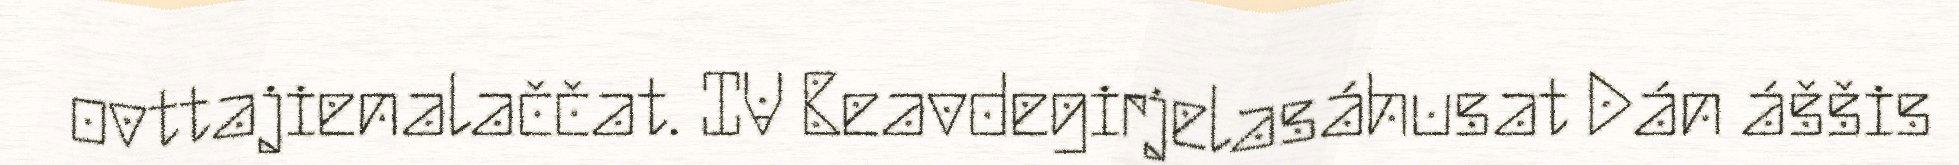
ovttajienalaččat. IV Beavdegirjelasáhusat Dán áššis